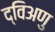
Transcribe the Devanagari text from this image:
द्विअणु